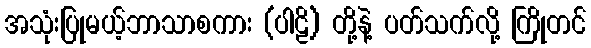
အသုံးပြုမယ့်ဘာသာစကား (ပါဠိ) တို့နဲ့ ပတ်သက်လို့ ကြိုတင်